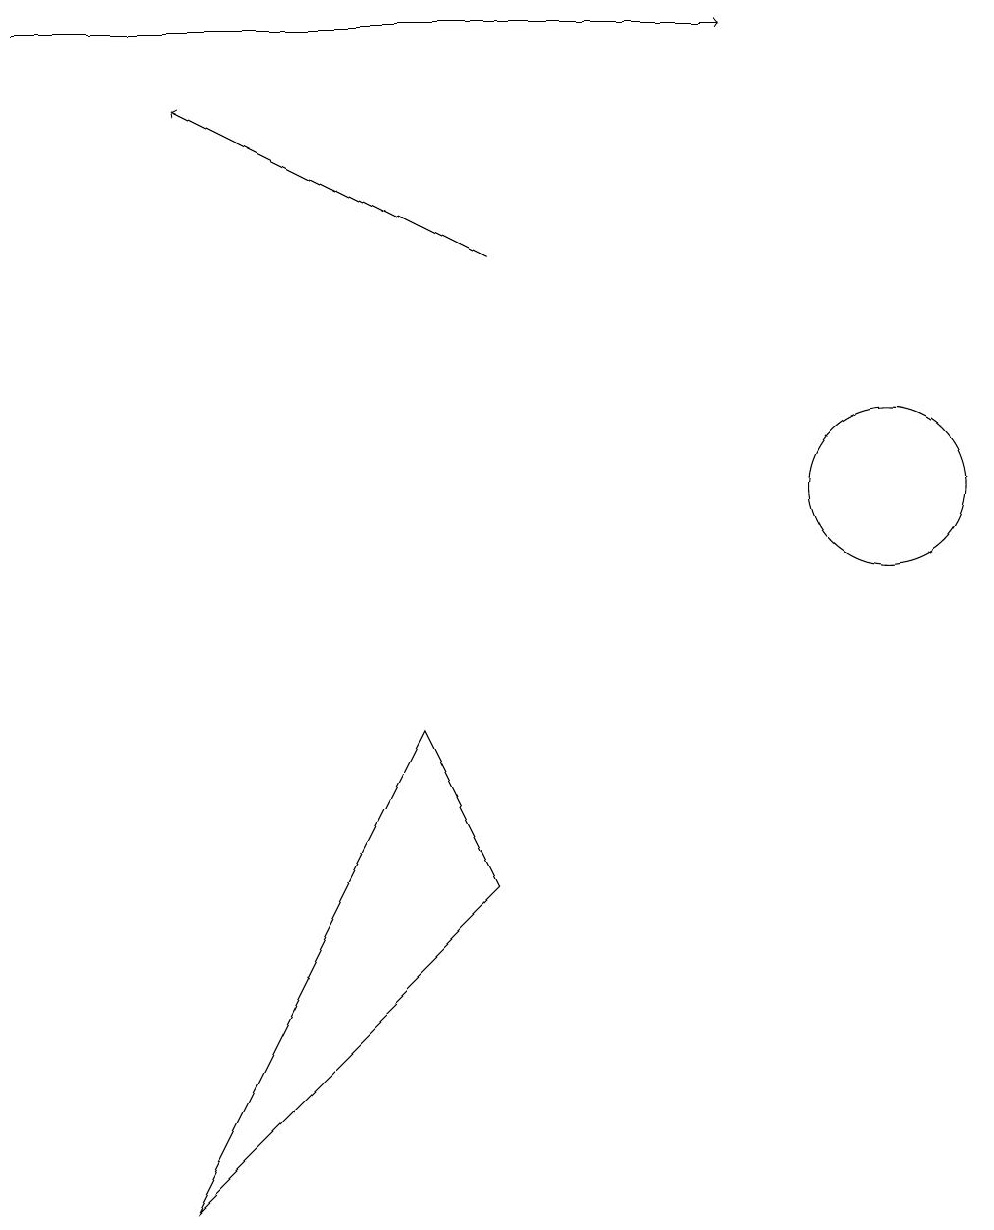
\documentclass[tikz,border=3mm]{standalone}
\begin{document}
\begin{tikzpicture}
\draw (5,7) -- (6,5) -- (2,1) -- cycle;
\draw (11,10) circle (1);
\draw[->] (0,16) -- (9,16);
\draw[->] (6,13) -- (2,15);
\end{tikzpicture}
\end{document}